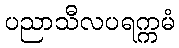
ပညာသီလပရက္ကမံ